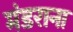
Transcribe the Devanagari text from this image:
मंडराना